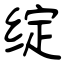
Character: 绽